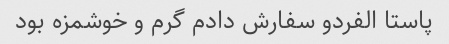
پاستا الفردو سفارش دادم گرم و خوشمزه بود